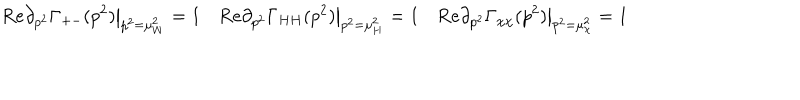
{ \mathrm R e } \partial _ { p ^ { 2 } } \Gamma _ { + - } ( p ^ { 2 } ) \big | _ { p ^ { 2 } = \mu _ { W } ^ { 2 } } = 1 \quad { \mathrm R e } \partial _ { p ^ { 2 } } \Gamma _ { H H } ( p ^ { 2 } ) \big | _ { p ^ { 2 } = \mu _ { H } ^ { 2 } } = 1 \quad { \mathrm R e } \partial _ { p ^ { 2 } } \Gamma _ { \chi \chi } ( p ^ { 2 } ) \big | _ { p ^ { 2 } = \mu _ { \chi } ^ { 2 } } = 1